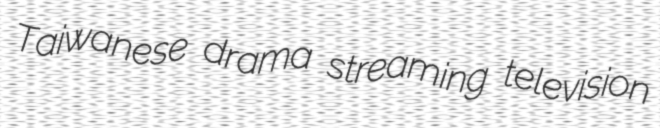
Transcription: Taiwanese drama streaming television